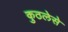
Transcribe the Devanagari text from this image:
कुठलेसे